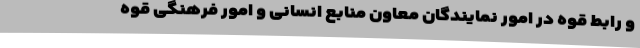
و رابط قوه در امور نمایندگان معاون منابع انسانی و امور فرهنگی قوه